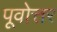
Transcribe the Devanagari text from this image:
पूवोत्तर